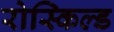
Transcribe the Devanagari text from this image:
रोस्किल्ड